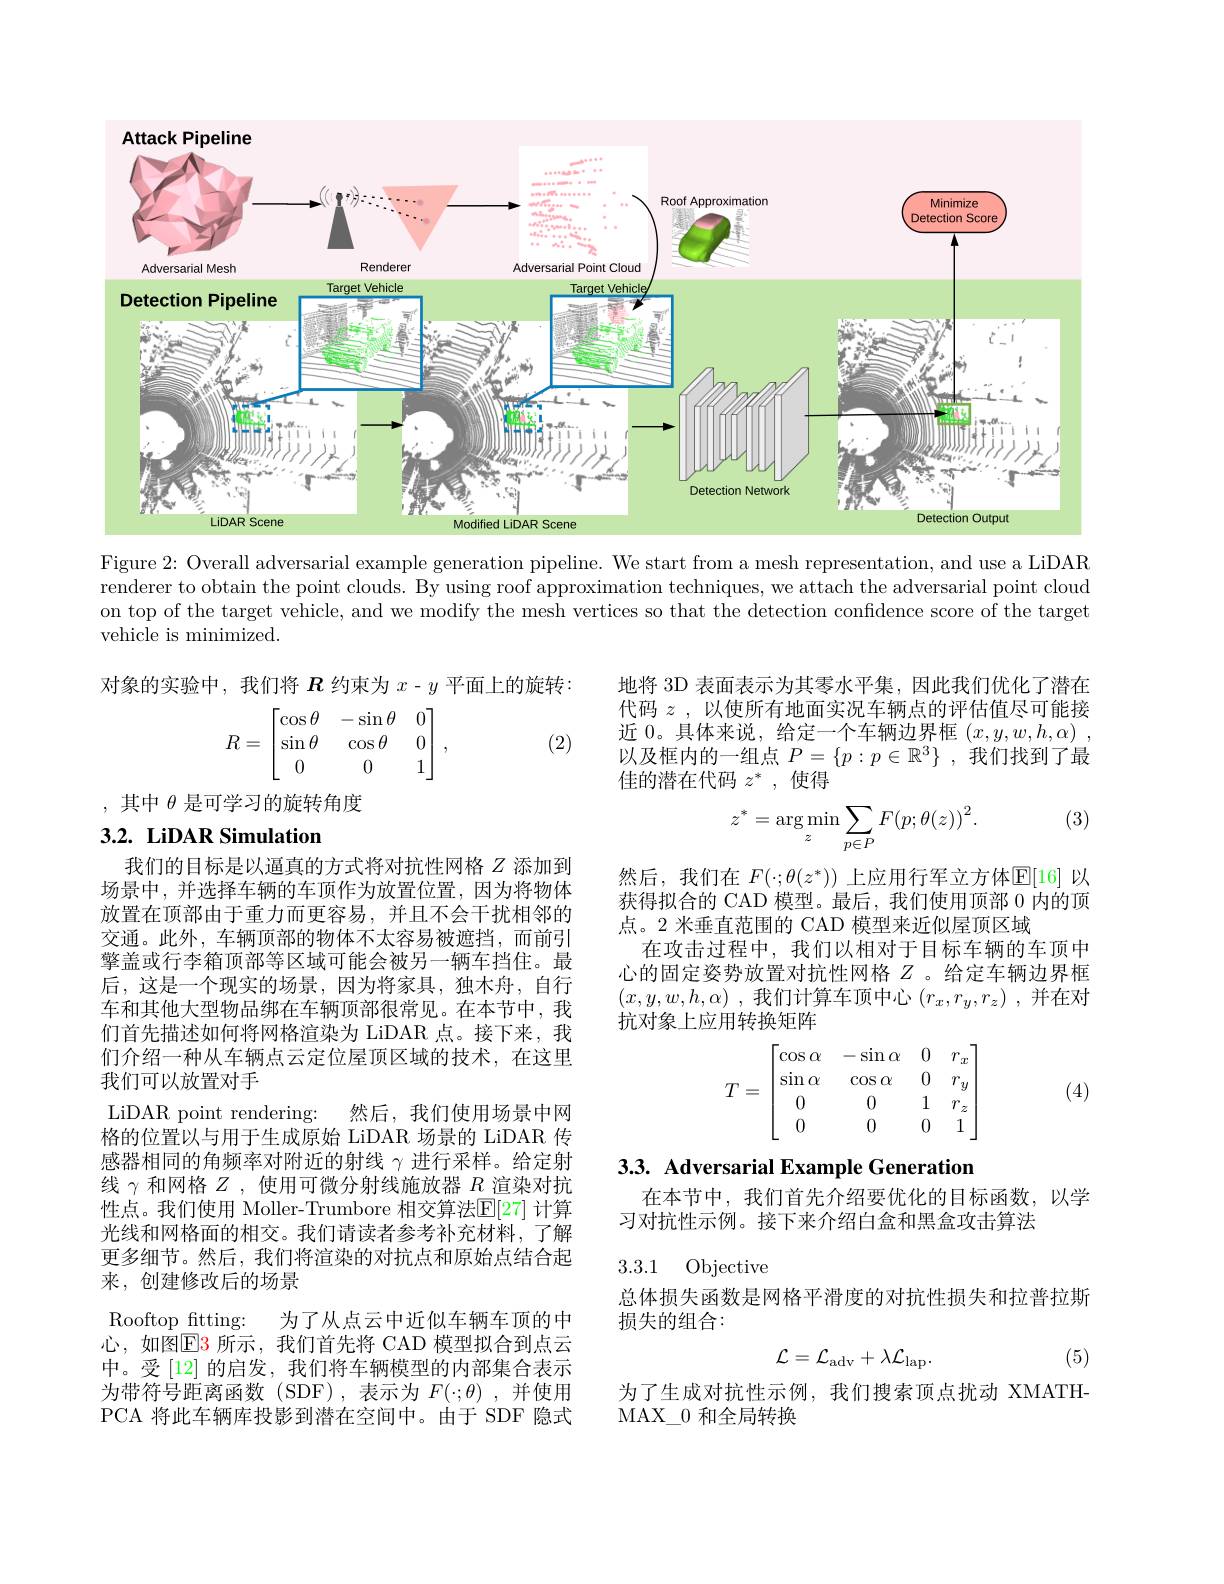
<FigureHere>

Figure 2: Overall adversarial example generation pipeline. We start from a mesh representation, and use a LiDAR renderer to obtain the point clouds. By using roof approximation techniques, we attach the adversarial point cloud on top of the target vehicle, and we modify the mesh vertices so that the detection confidence score of the target vehicle is minimized.

对象的实验中，我们将$\boldsymbol R$约束为$x-y$平面上的旋转：
$$R=\begin{bmatrix}\cos\theta&&-\sin\theta&&0\\\sin\theta&&\cos\theta&&0\\0&&0&&1\end{bmatrix},$$
(2)

,其中$\theta$是可学习的旋转角度

## 3.2. LiDAR Simulation

我们的目标是以逼真的方式将对抗性网格$Z$添加到场景中，并选择车辆的车顶作为放置位置，因为将物体放置在顶部由于重力而更容易，并且不会干扰相邻的交通。此外，车辆顶部的物体不太容易被遮挡，而前引擎盖或行李箱顶部等区域可能会被另一辆车挡住。最后，这是一个现实的场景，因为将家具，独木舟，自行车和其他大型物品绑在车辆顶部很常见。在本节中，我们首先描述如何将网格渲染为 LiDAR 点。接下来，我们介绍一种从车辆点云定位屋顶区域的技术，在这里我们可以放置对手
LiDAR point rendering: 然后，我们使用场景中网格的位置以与用于生成原始 LiDAR 场景的 LiDAR 传感器相同的角频率对附近的射线$\gamma$进行采样。给定射线$\gamma$和网格$Z$ ,使用可微分射线施放器$R$渲染对抗性点。我们使用 Moller-Trumbore 相交算法$\mathbb{E}[27]$ 计算光线和网格面的相交。我们请读者参考补充材料，了解更多细节。然后，我们将渲染的对抗点和原始点结合起来，创建修改后的场景
Rooftop\_ fitting: 为了从点云中近似车辆车顶的中心，如图$\boxed{\mathrm{E}}$3 所示，我们首先将 CAD 模型拟合到点云中。受[12] 的启发，我们将车辆模型的内部集合表示为带符号距离函数(SDF),表示为$F(\cdot;\theta)$,并使用PCA 将此车辆库投影到潜在空间中。由于 SDF 隐式

地将 3D 表面表示为其零水平集，因此我们优化了潜在代码$z$,以使所有地面实况车辆点的评估值尽可能接近 0。具体来说，给定一个车辆边界框$( x, y, w, h, \alpha )$ , 以及框内的一组点$P=\{p:p\in\mathbb{R}^3\}$ ,我们找到了最佳的潜在代码$z^*$,使得

(3)
$$z^*=\underset{z}{\arg\min}\sum_{p\in P}F(p;\theta(z))^2.$$
然后，我们在$F(\cdot;\theta(z^*))$上应用行军立方体$\mathbb{E}[16]$以获得拟合的 CAD 模型。最后，我们使用顶部 0 内的顶点。2 米垂直范围的 CAD 模型来近似屋顶区域
在攻击过程中，我们以相对于目标车辆的车顶中心的固定姿势放置对抗性网格$Z$ 。给定车辆边界框$( x, y, w, h, \alpha )$ ,我们计算车顶中心 $( r_x, r_y, r_z)$ , 并在对抗对象上应用转换矩阵
$$T=\begin{bmatrix}\cos\alpha&-\sin\alpha&0&r_x\\\sin\alpha&\cos\alpha&0&r_y\\0&0&1&r_z\\0&0&0&1\end{bmatrix}$$
(4)

3.3. Adversarial Example Generation

在本节中，我们首先介绍要优化的目标函数，以学
习对抗性示例。接下来介绍白盒和黑盒攻击算法

3.3.1 Objective

总体损失函数是网格平滑度的对抗性损失和拉普拉斯
损失的组合：
$$\mathcal{L}=\mathcal{L}_{\mathrm{adv}}+\lambda\mathcal{L}_{\mathrm{lap}}.$$
(5)

为了生成对抗性示例，我们搜索顶点扰动 XMATH-
MAX$\_$0和全局转换